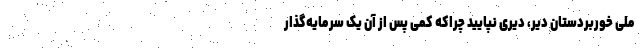
ملی خوربردستان دیّر، دیری نپایید چراکه کمی پس از آن یک سرمایه‌گذار